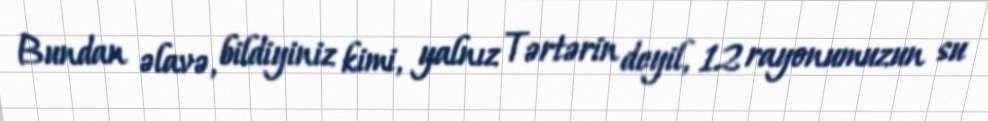
Bundan əlavə, bildiyiniz kimi, yalnız Tərtərin deyil, 12 rayonumuzun su